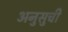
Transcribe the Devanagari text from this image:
अनुसुची